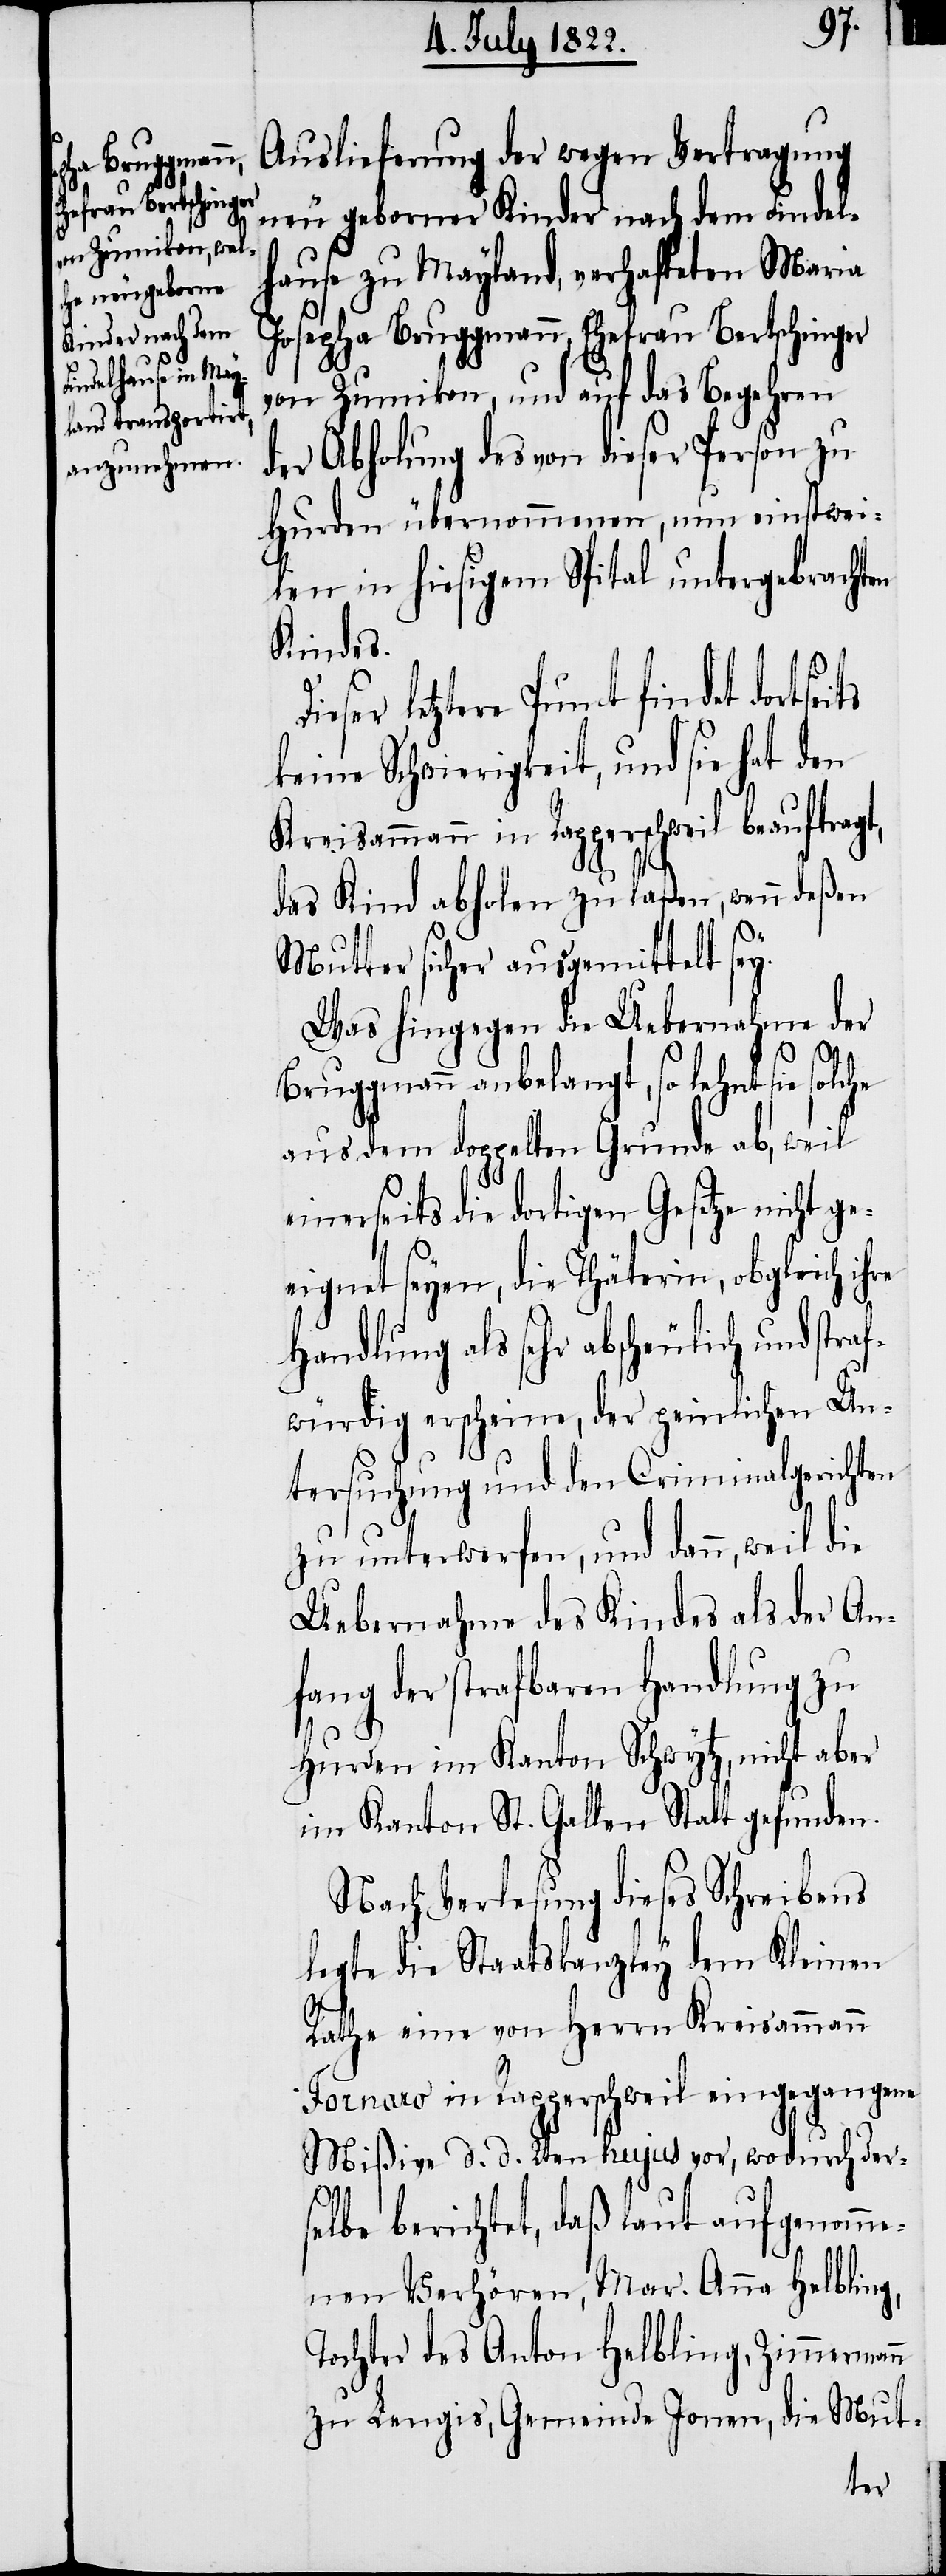
g,

Auslieferung der wegen Vertragung
neu geborener Kinder nach dem Findel¬
hause zu Mayland, verhafteten Maria
Josepha Bruggmann, Ehefrau Bertschinger
von Zumikon, und auf das Begehren
der Abholung des von dieser Person zu
Hurden übernommenen, nun einstwei¬
len in hiesigem Spital untergebrachten
Kindes.
ieser letztere Punct findet
keine Schwierigkeit, und sie hat den
Kreisammann in Rapperschweil beauftragt,
das Kind abholen zu laßen, wenn deßen
Mutter sicher ausgemittelt sey.
Was hingegen die Uebernahme der
Bruggmann anbelangt, so lehnt sie
aus dem doppelten Grunde ab, weil
einerseits die dortigen Gesetze nicht ge¬
eignet seyen, die Thäterin, obgleich ihre
Handlung als sehr abscheulich und stra¬
fwürdig erscheine, der peinlichen Un¬
tersuchung und den Criminalgerichten
zu unterwerfen, und dann ,weil die
Uebernahme des Kindes als der An¬
fang der strafbaren Handlung zu
Hurden im Kanton Schwytz, nicht aber
im Kanton St. Gallen Statt gefunden.
Nach Verlesung dieses Schreibens
legte die Staatskanzley dem Kleinen
Rathe eine von dem Herrn Kreisammann
Fornaro in Rapperschweil eingegangene
Mißive d. d. 24sten hujus vor, wodurch ders¬
elbe berichtet, daß laut aufgenomme¬
nen Verhören, Mar. Anna Helblin¬
Tochter des Anton Helbling, Zimmermann
zu Lengis, Gemeinde Jonen, die Mut-